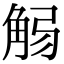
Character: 𧣚